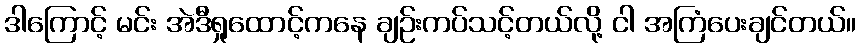
ဒါကြောင့် မင်း အဲဒီရှုထောင့်ကနေ ချဉ်းကပ်သင့်တယ်လို့ ငါ အကြံပေးချင်တယ်။